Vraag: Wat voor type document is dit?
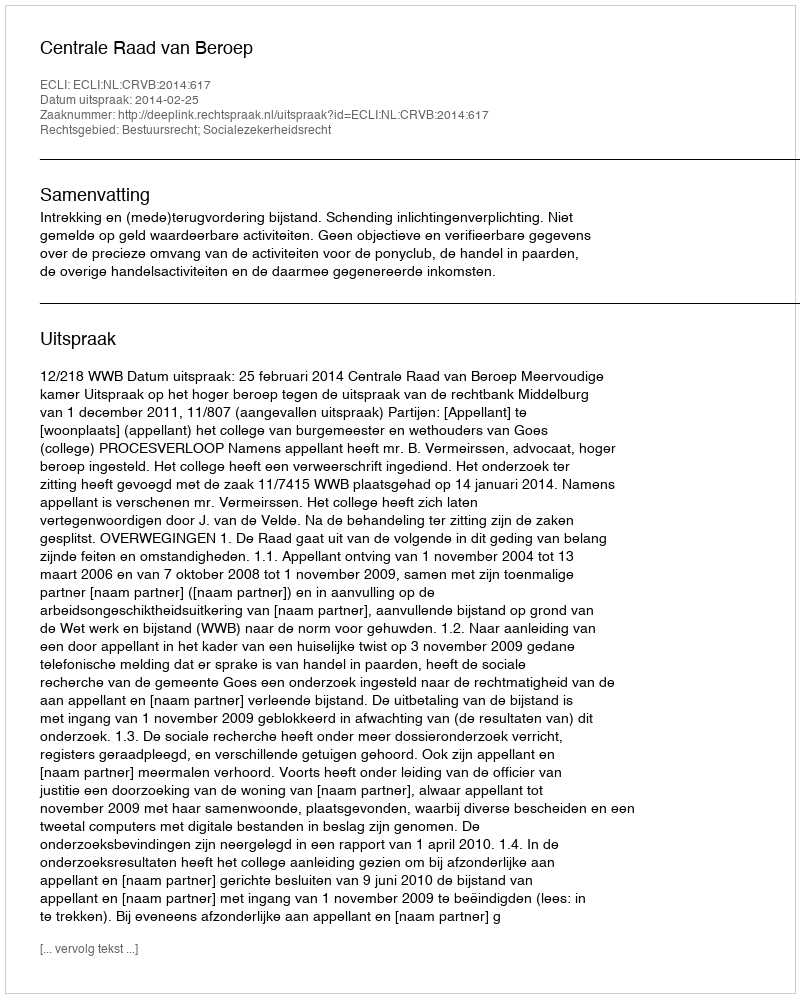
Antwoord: Uitspraak